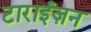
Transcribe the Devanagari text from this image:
टाराईज़न